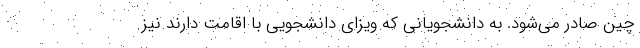
چین صادر می‌شود. به دانشجویانی که ویزای دانشجویی با اقامت دارند نیز